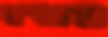
פתטיים